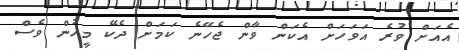
އެއަށް ވުރެ އަވަހަށް އެކަން ވާން ޖެހޭނެ ކަމަށް ދެކޭ މީހުން ވެސް